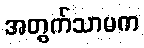
အတွက်သာမက